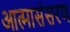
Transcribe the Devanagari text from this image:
आत्मासंसरण